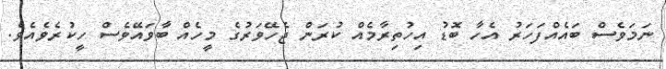
ނަމަވެސް ބައެއްފަހަރު އެހާ ބޮޑު އިހުތިރާމެއް ކުރަން ޖެހޭވަރުގެ މީހެއް ބާވައޭވެސް ހީކުރެވެއެވެ.